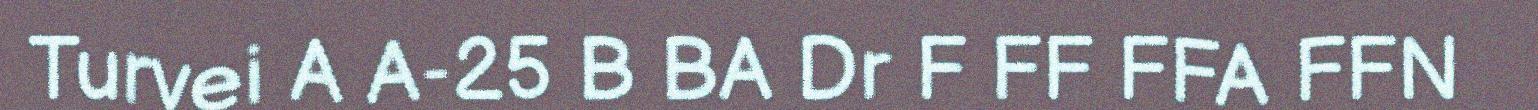
Turvei A A-25 B BA Dr F FF FFA FFN